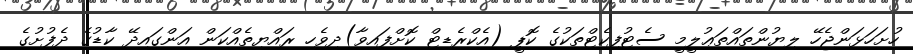
ހުށަހަޅަންޖެހޭ ލިޔުންތައްތަޢުލީމީ ސެޓުފިކެޓްތަކުގެ ކޮޕީ (އެކްރެޑިޓް ކޮށްފައިވާ)ދިވެހި ރައްޔިތެއްކަން އަންގައިދޭ ކާޑުގެ ދެފުށުގެ